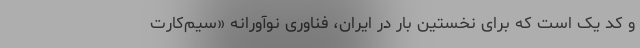
و کد یک است که برای نخستین بار در ایران، فناوری نوآورانه «سیم‌کارت